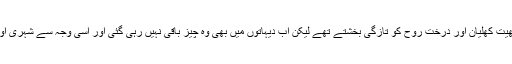
گئے وقتوں میں دیہی علاقوں میں سرسبز لہلاتے کھیت کھلیان اور درخت روح کو تازگی بخشتے تھے لیکن اب دیہاتوں میں بھی وہ چیز باقی نہیں رہی گئی اور اسی وجہ سے شہری اور دیہی سطح پر ماحول میں تبدیلی آتی جا رہی ہے۔